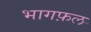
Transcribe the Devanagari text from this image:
भागफ़ल